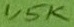
Text: 1,5K